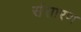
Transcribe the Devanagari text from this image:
संसारण